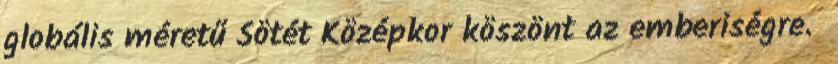
globális méretű Sötét Középkor köszönt az emberiségre.